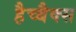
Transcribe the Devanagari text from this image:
हैच्बैक्स